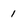
Character: 1